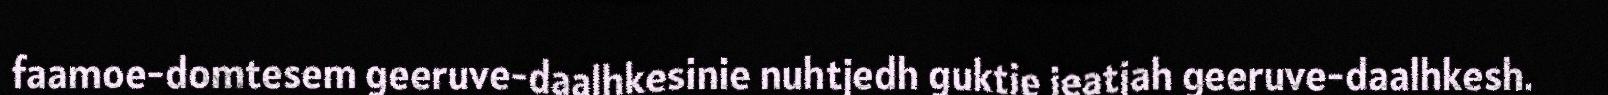
faamoe-domtesem geeruve-daalhkesinie nuhtjedh guktie jeatjah geeruve-daalhkesh.